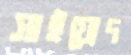
সাইয়্যেদ